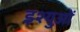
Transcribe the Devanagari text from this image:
इश्युओं